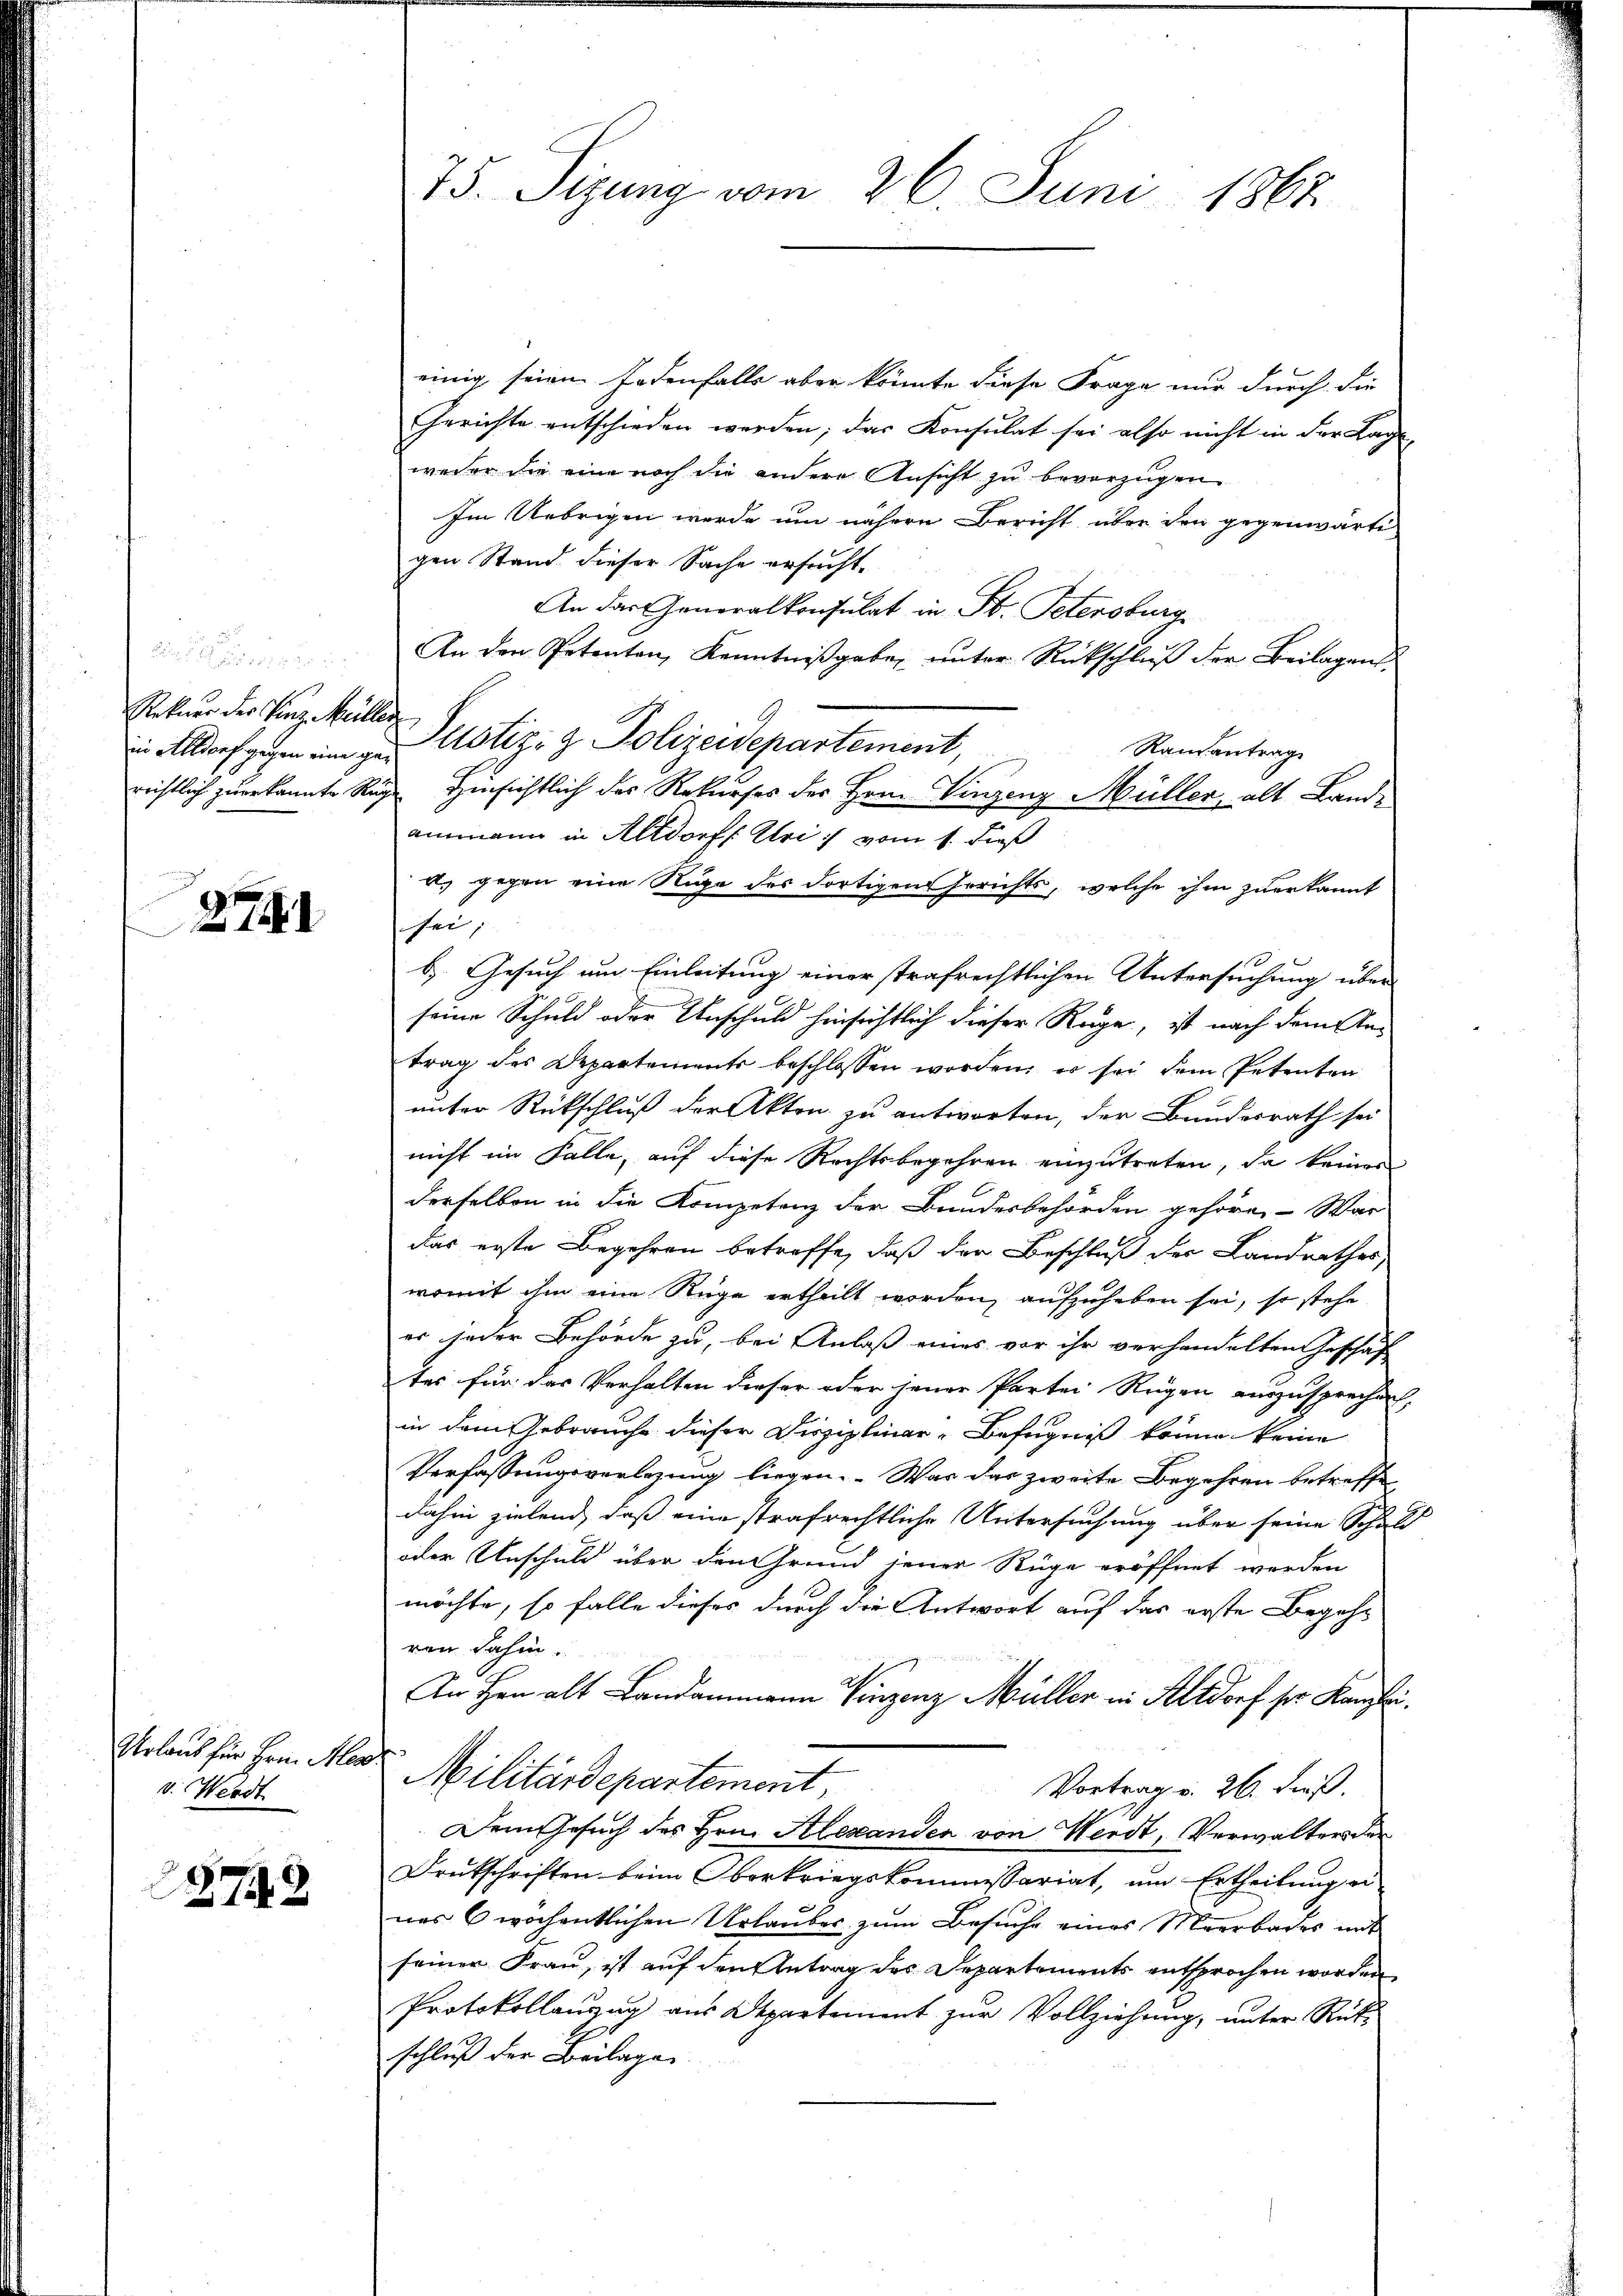
e
Rekurr der Vinz Müller
in Altdorf gegen eine gerichtlich zuerkannte Rug

27

Urlaus für Hrn. Alex
v. Werdt

2748

75. Sizung vom 26. Juni 1862

einig seien Fedenfalls aber könnte diese Frage nur durch die
Gerichte entschieden werden; das Konsulat sei also nicht in der Lage
weder die eine noch die andere Ansicht zu bevorzügen
Im Uebrigen werde um nähern Bericht über den gegenwärti
gen Stand dieser Sache ersucht.
An das Generalkonsulat in St. Petersburg
An den Petenten, Kenntniβgabe, ŭnter Rückschlŭβ der Beilagens
Justiz- & Polizeidepartement,
Randantrage
 Hinsichtlich des Rekurses der Hrn. Vinzenz Müller, alt Landammann in Altdorf : Uri :/ vom 1. dieß
d. gegen eine Sie des dortigen Gerichts, welche ihm zuerkannt
sei,
b. Gesuch um Einleitung einer strafrechtlichen Untersuchung über
seine Schuld oder Unschuld hinsichtlich dieser Rege, ist nach dem Antrag des Departements beschlossen worden, es sei dem Petenten
unter Rückschluß der Akten zu antworten, der Bundesrath sei
nicht im Falle, auf diese Rechtsbegehren einzutreten, da keinen
derselben in die Kompetenz der Bundesbehörden gehöre. War
das erste Begehren betreffe, daß der Beschluß der Landrathes,
womit ihm eine Rüge ertheilt worden, aufzuheben sei, so stehe
er jeder Behörde zu, bei Anlaß eines vor ihr verhandelten Geschäft
tes für das Verhalten dieser oder jener Partei Rügen auszusprechen,
in dem Gebrauche dieser Disziplinar-Befugniß könne keine
Verfassungsverlegung liegen. Was das zweite Begehren betreffe
dahin zielend, daß eine strafrechtliche Untersuchung über seine Schuld
oder Unschuld über den Grund jener Rüge eröffnet werden
möchte, so falle dieses durch die Antwort auf das erste Begehren dahin.
An Hrn. alt Landammann Vinzenz Müller in Altdorf ser Kanzlei.
Militärdepartement,
Vortrag v. 26. Fuß.
Dem Gesuch des Hrn. Alexanden von Werdt, Verwalters der
Drukschriften beim Oberkriegskommissariat, um Ertheilung ei
nas 6 wochentlichen Urlaubes zum Besuche eines Meerbaches mit
seiner Frau, ist auf den Antrag des Departements entsprochen worden
Protokollanzug aus Departement zur Vollziehung, unter Rükschluß der Beilage